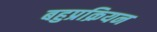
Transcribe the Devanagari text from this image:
बहुप्रक्रियन